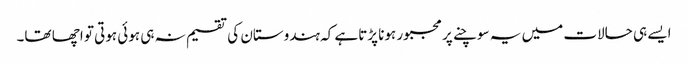
ایسے ہی حالات میں یہ سوچنے پر مجبور ہونا پڑتاہے کہ ہندوستان کی تقسیم نہ ہی ہوئی ہوتی تو اچھا تھا۔